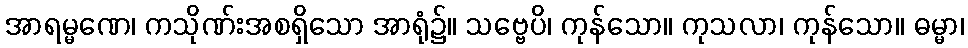
အာရမ္မဏေ၊ ကသိုဏ်းအစရှိသော အာရုံ၌။ သဗ္ဗေပိ၊ ကုန်သော။ ကုသလာ၊ ကုန်သော။ ဓမ္မာ၊